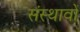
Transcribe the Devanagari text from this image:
संस्थावों